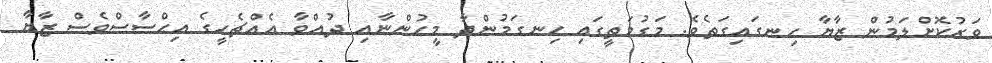
ވަރުކޮށްލަމުން ޒާޔާ ހިނގައިގަތެވެ. މަގުމަތީގައި ހިނގަމުންދާ މީހުންނާއި ދުއްވާ އެއްޗެހީގެ އިޙްސާސްވެސް ޒާޔާ